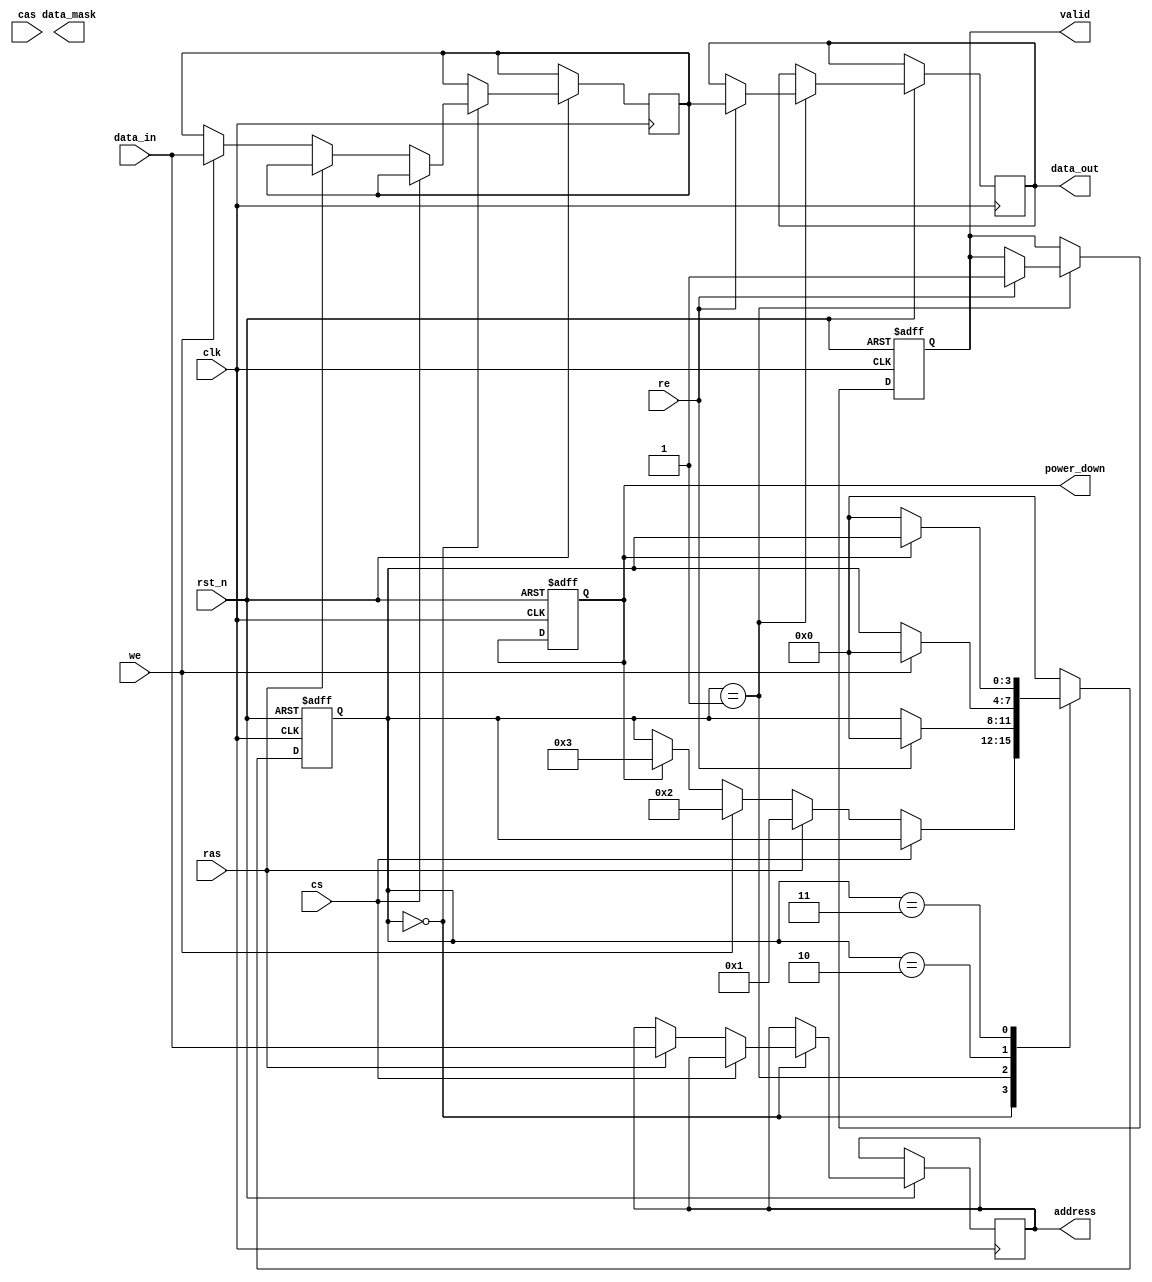
module DRAM_IO_Block (
    input wire clk,                  // System clock
    input wire rst_n,                // Active low reset
    input wire cs,                   // Chip Select
    input wire ras,                  // Row Address Strobe
    input wire cas,                  // Column Address Strobe
    input wire we,                   // Write Enable
    input wire re,                   // Read Enable
    input wire [15:0] data_in,       // Data input from external system
    output reg [15:0] data_out,      // Data output to external system
    output reg [15:0] address,        // Address latch
    output reg valid,                 // Valid output signal
    output reg power_down,            // Power management signal
    output reg [15:0] data_mask       // Data mask for write operations
);

// Internal signals
reg [15:0] data_buffer;              // Buffer for data
reg [3:0] state;                      // State machine for operation
reg [15:0] ecc;                       // Error Correction Code (optional)

// State definitions
localparam IDLE = 4'b0000,
           READ = 4'b0001,
           WRITE = 4'b0010,
           POWER_DOWN = 4'b0011;

// Timing parameters (for simulation purposes)
parameter tRAC = 10; // Row Access Time
parameter tCAC = 5;  // Column Access Time
parameter tCYC = 15; // Cycle Time

// State machine for DRAM operations
always @(posedge clk or negedge rst_n) begin
    if (!rst_n) begin
        state <= IDLE;
        valid <= 0;
        power_down <= 0;
    end else begin
        case (state)
            IDLE: begin
                if (!cs) begin
                    if (ras) begin
                        // Capture address on RAS
                        address <= data_in; // Assuming address is sent on data_in
                        state <= READ; // Move to READ state
                    end else if (we) begin
                        // Capture data for write
                        data_buffer <= data_in;
                        state <= WRITE; // Move to WRITE state
                    end else if (power_down) begin
                        state <= POWER_DOWN; // Enter power down state
                    end
                end
            end
            
            READ: begin
                if (re) begin
                    // Output data to external system
                    data_out <= data_buffer; // Assuming data_buffer holds the read data
                    valid <= 1; // Indicate valid data
                    state <= IDLE; // Return to IDLE state
                end
            end
            
            WRITE: begin
                if (we) begin
                    // Apply data mask and write data to internal storage (not shown)
                    // Example: data_buffer <= data_in & data_mask; // Apply masking
                    state <= IDLE; // Return to IDLE state
                end
            end
            
            POWER_DOWN: begin
                // Handle power down state
                // Logic for power management can be added here
                if (!power_down) begin
                    state <= IDLE; // Exit power down state
                end
            end
            
            default: state <= IDLE; // Default to IDLE
        endcase
    end
end

// Optional: ECC logic can be added here

endmodule